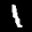
Label: 1